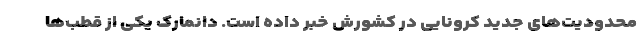
محدودیت‌های جدید کرونایی در کشورش خبر داده است. دانمارک یکی از قطب‌ها